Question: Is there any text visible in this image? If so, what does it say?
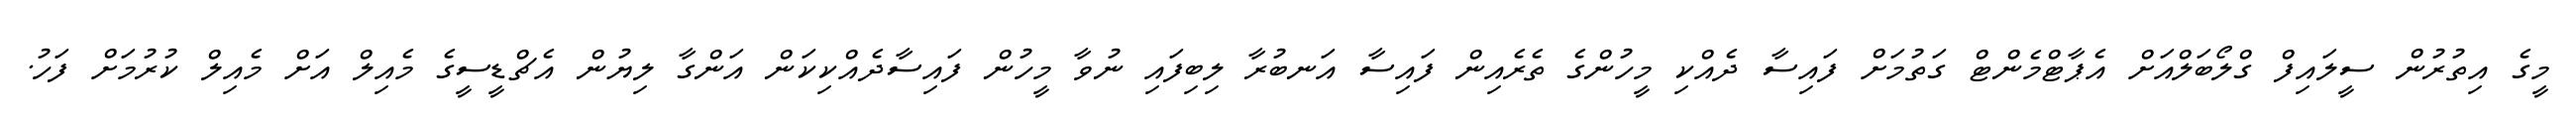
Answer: މީގެ އިތުރުން ސީލައިފް ގްލޯބަލްއަށް އެޕާޓްމެންޓް ގަތުމަށް ފައިސާ ދެއްކި މީހުންގެ ތެރެއިން ފައިސާ އަނބުރާ ލިބިފައި ނުވާ މީހުން ފައިސާދެއްކިކަން އަންގާ ލިޔުން އެޗްޑީސީގެ މެއިލް އަށް މެއިލް ކުރުމަށް ފަހު.